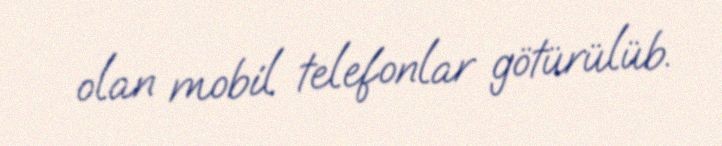
olan mobil telefonlar götürülüb.